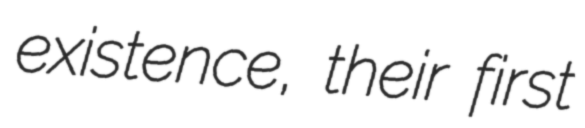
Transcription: existence, their first